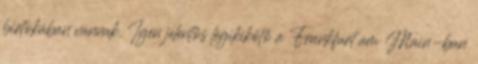
birtokában vannak. Igen jelentős légikikötő a Frankfurt am Main-ban